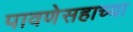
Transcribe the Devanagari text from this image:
पावणेसहाच्या